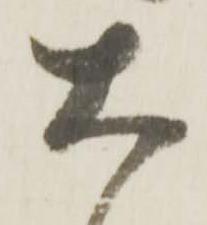
大